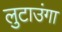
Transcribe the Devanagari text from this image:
लुटाउंगा